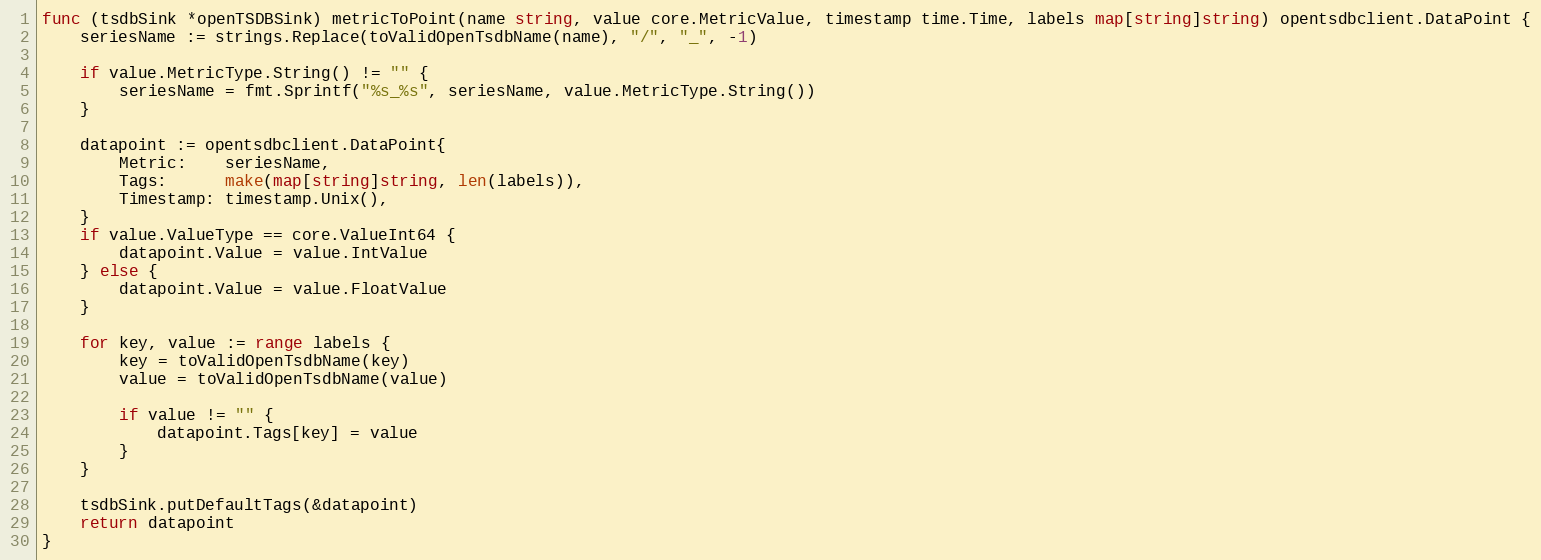
Language: Go
func (tsdbSink *openTSDBSink) metricToPoint(name string, value core.MetricValue, timestamp time.Time, labels map[string]string) opentsdbclient.DataPoint {
	seriesName := strings.Replace(toValidOpenTsdbName(name), "/", "_", -1)

	if value.MetricType.String() != "" {
		seriesName = fmt.Sprintf("%s_%s", seriesName, value.MetricType.String())
	}

	datapoint := opentsdbclient.DataPoint{
		Metric:    seriesName,
		Tags:      make(map[string]string, len(labels)),
		Timestamp: timestamp.Unix(),
	}
	if value.ValueType == core.ValueInt64 {
		datapoint.Value = value.IntValue
	} else {
		datapoint.Value = value.FloatValue
	}

	for key, value := range labels {
		key = toValidOpenTsdbName(key)
		value = toValidOpenTsdbName(value)

		if value != "" {
			datapoint.Tags[key] = value
		}
	}

	tsdbSink.putDefaultTags(&datapoint)
	return datapoint
}